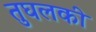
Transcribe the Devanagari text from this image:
तुघलकी